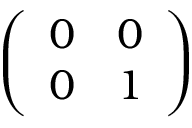
\left( \begin{array} { l l } { 0 } & { 0 } \\ { 0 } & { 1 } \end{array} \right)